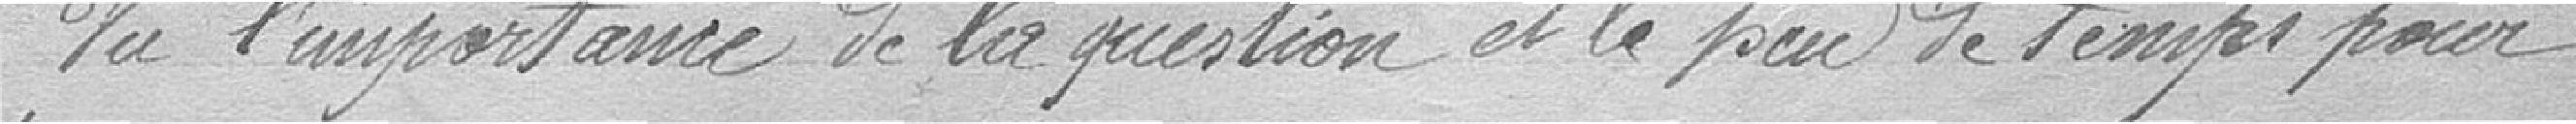
Vu l'importance de la question et le peu de temps pour